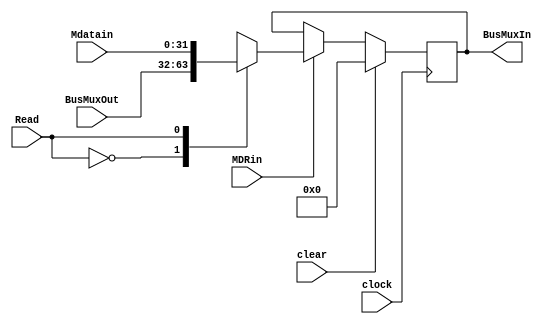
module mdrReg(
	input clear, clock, MDRin, Read,
	input [31:0] Mdatain, BusMuxOut,
	output [31:0] BusMuxIn
);

reg [31:0] mdrregdata;

initial mdrregdata = 8'h0;
always @ (posedge clock)
		begin 
			if (clear) begin
				mdrregdata <= {32{1'b0}};
			end
			else if (MDRin) begin
				case (Read)
//					mdrregdata = 32'h10101010;
					1'b0 : mdrregdata = BusMuxOut;
					1'b1 : mdrregdata = Mdatain;
				endcase
			end
		end
		
assign BusMuxIn = mdrregdata;

endmodule